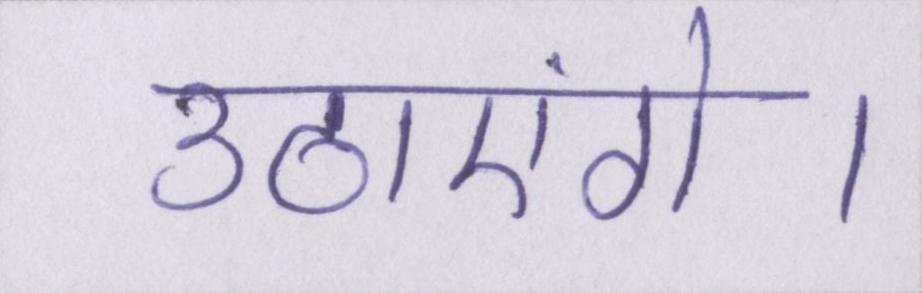
उठाएंगे।